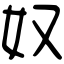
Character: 奴